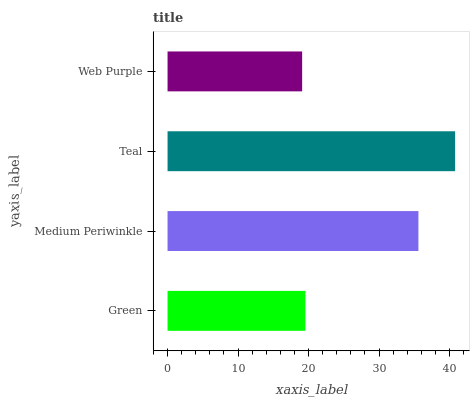
| yaxis_label | bars |
 | --- | --- |
 | Green | 19.6 |
 | Medium Periwinkle | 35.6 |
 | Teal | 40.8 |
 | Web Purple | 19.1 |